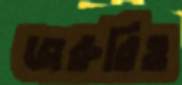
জরুরিও